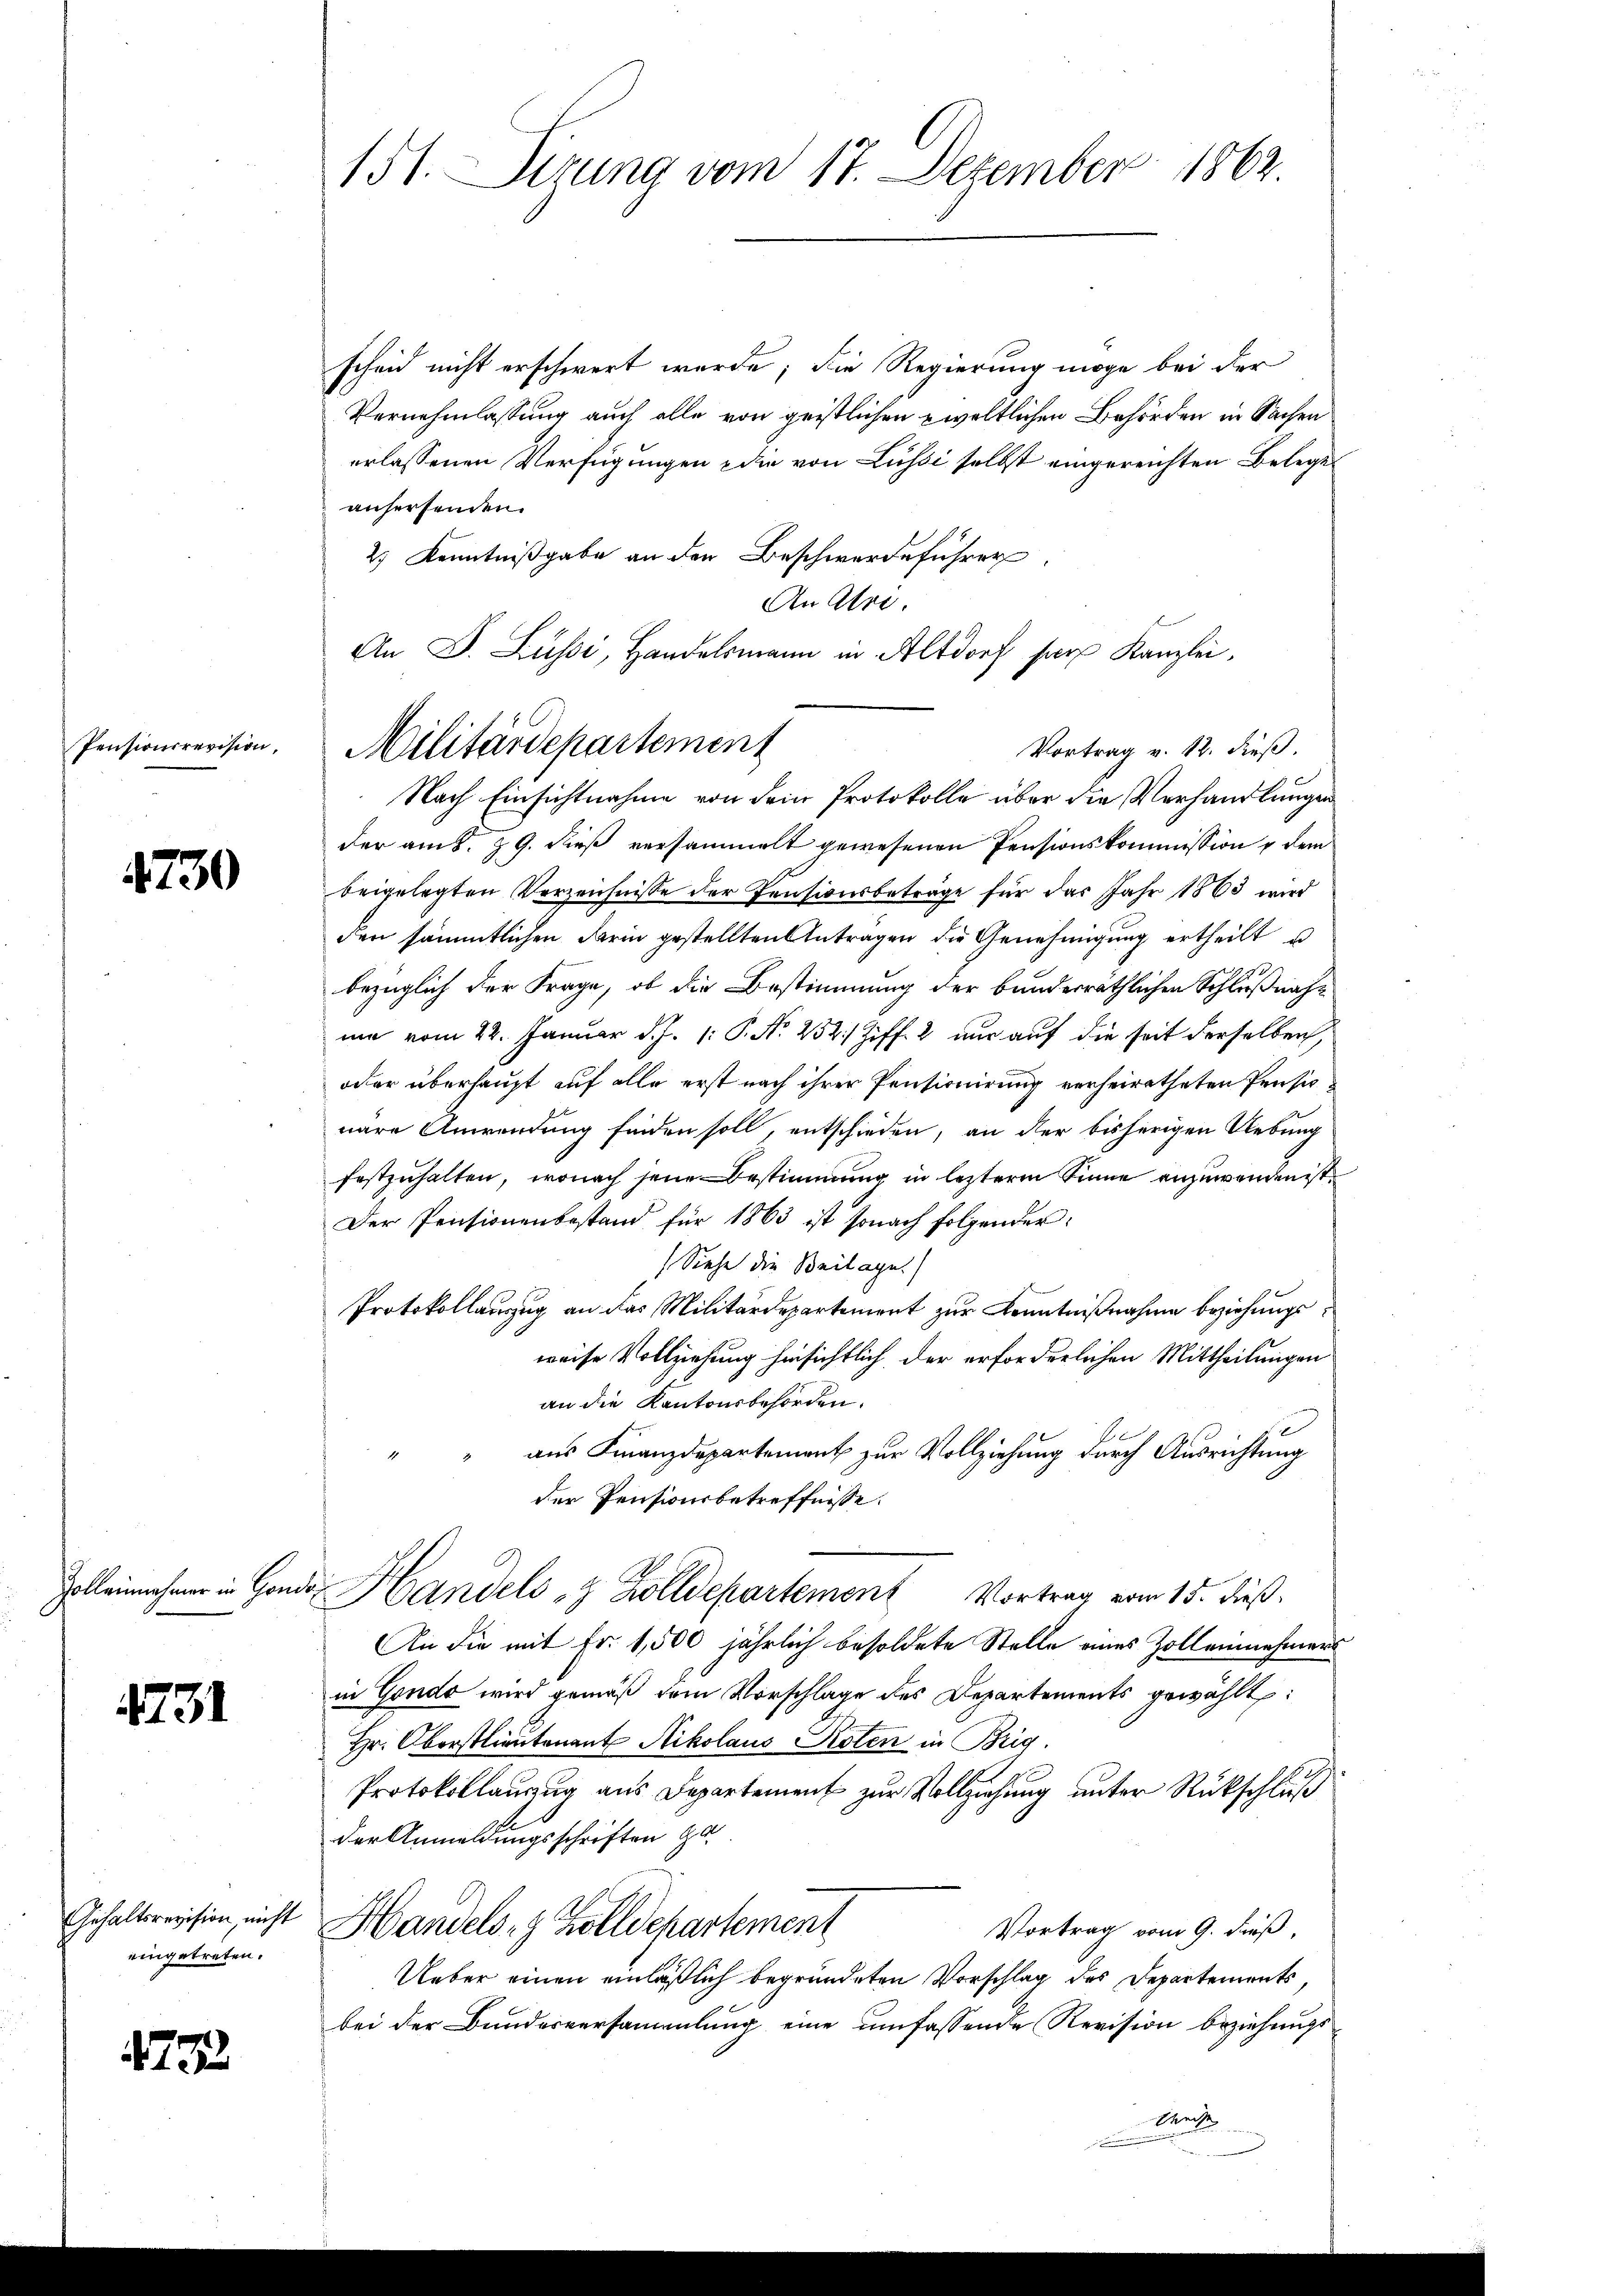
Pensionsrevision,

4730

4731

eingetreten.

475

151. Sirung vom 17. Dezember 1862.

scheid nicht erschwert werde; die Regierung möge bei der
Vernehmlassung auch alle von geistlichen weltlichen Behörden in Sachen
erlassenen Verfügungen die von Lussi selbst eingereichten Beleges
anhersenden.
2) Kenntnißgabe an den Beschwerdeführer
An Abre
An D. Lüssi, Handelsmann in Altdorf har Kanzlei,
Vortrag v. 12. dieß.
der am 8. 29. dieß versammelt gewesenen Pensionskommission & dem
beigelegten Verzeichnisse der Pensionsbeträge für das Jahr 1863 wird
den sämmtlichen darin gestellten Antragen die Genehmigung ertheilt u
bezüglich der Frage, ob die Bestimmung der bunderräthlichen Schlußnahme vom 22. Januar d. J. 1: P. N. 252 Ziff. 2 nur auf die seit derselben,
oder überhaupt auf alle erst nach ihrer Pensionirung verheiratheten Pensinäre Anwendung finden soll, entschieden, an der bisherigen Uebung
festzuhalten, wonach jene Bestimmung in lezteren Sinne anzuwenden ist
Der Pensionenbestand für 1863 ist sonach folgender
Siehe die Beilage.
Protokollanzug an das Militärdepartement zur Kenntnißnahme beziehungsweise Vollziehung hinsichtlich der erforderlichen Mittheilungen
an die Kantonsbehörden.
aus Finanzdepartement zur Vollziehung durch Ausrichtung
.
der Pensionsbetreffnisse.
Zolleinehmer in Gondo Handels & Zolldepartemont Vortrag vom 15. dieß:
An die mit Fr. 1,500 jährlich besoldete Stelle eines Zolleinehmers
in Gonda wird gemäß dem Vorschlage des Departements gewählt:
Hr. Oberstlieutenant Nikolaus Poten in Brig.
Protokollauzug aus Departement zur Vollziehung unter Rückschluß
der Anmeldungsschriften Ho
Gehalteression nicht Handels- & Zolldepartement
Vortrag vom 9. dieß
Ueber einen einläßlich begründeten Vorschlag des Departements,
bei der Bundesversammlung eine umfassende Revision beziehungs¬

Militärdepartement
Nach Einsichtnahme von dem Protokolle über die Verhandlungen